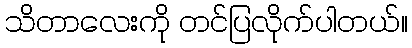
သိတာလေးကို တင်ပြလိုက်ပါတယ်။